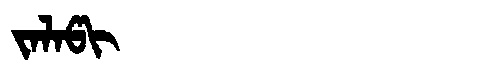
Manchu: ᠵᠠᠯᠠᡦᡳ
Romanization: JALAPI